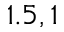
1 . 5 , 1